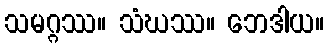
သမဂ္ဂဿ။ သံဃဿ။ ဘေဒါယ။